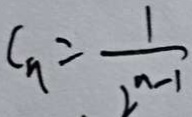
c _ { n } = \frac { 1 } { 2 ^ { n - 1 } }